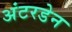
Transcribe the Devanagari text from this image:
अंटरडेन